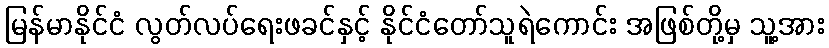
မြန်မာနိုင်ငံ လွတ်လပ်ရေးဖခင်နှင့် နိုင်ငံတော်သူရဲကောင်း အဖြစ်တို့မှ သူ့အား